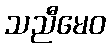
သညီမေဝ